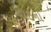
ચાઇના